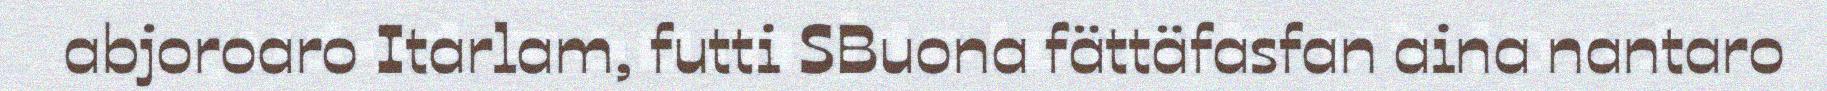
abjoroaro Itarlam, futti SBuona fättäfasfan aina nantaro